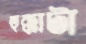
হুক্কাটা